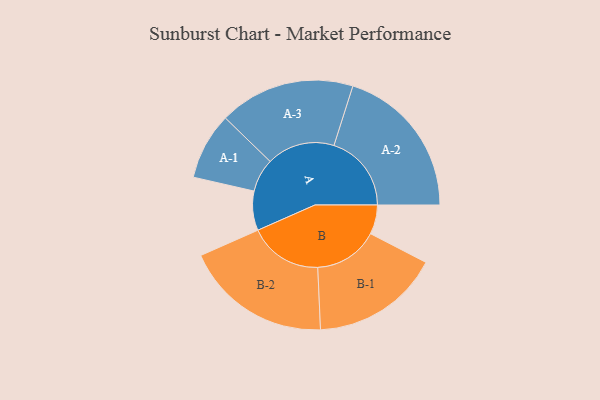
{"axis": {"x": "Segment", "y": "Value"}, "legend": ["", "A", "B"], "data": [{"x": "A", "y": 141, "type": ""}, {"x": "B", "y": 105, "type": ""}, {"x": "A-1", "y": 120, "type": "A"}, {"x": "A-2", "y": 278, "type": "A"}, {"x": "A-3", "y": 244, "type": "A"}, {"x": "B-1", "y": 231, "type": "B"}, {"x": "B-2", "y": 264, "type": "B"}]}